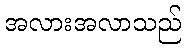
အလားအလာသည်